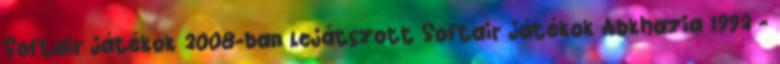
Softair játékok 2008-ban lejátszott Softair játékok Abkhazia 1992 -